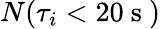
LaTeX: N(\tau_{i}<20\mathrm{~s~})